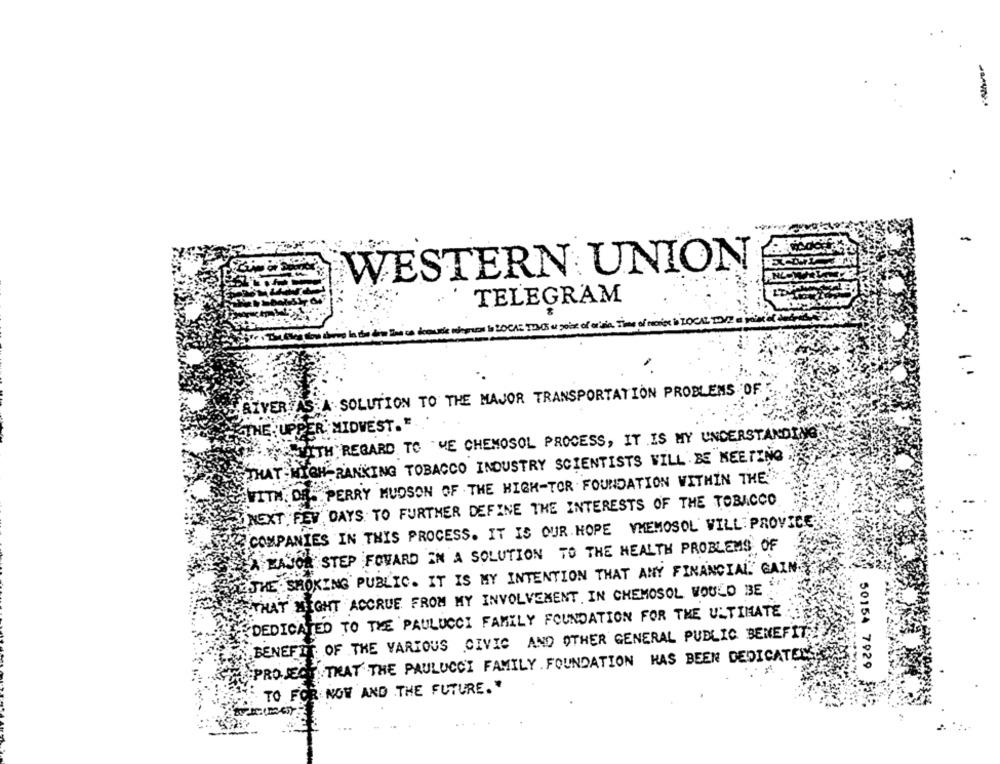
WESTERN UNION
TELEGRAM
..
AS A SOLUTION TO THE MAJOR TRANSPORTATION PROBLEMS OF
RIVER
THE 'UPPER MIDWEST."
WITH REGARD TO ME CHEMOSOL PROCESS, IT IS MY UNDERSTANDING
THAT-HIGH -RANKING TOBACCO INDUSTRY SCIENTISTS WILL BE MEETING
WITH DR. PERRY MUDSON OF THE HIGH-TOR FOUNDATION WITHIN THE
NEXT FEW DAYS TO FURTHER DEFINE THE INTERESTS OF THE TOBACCO
COMPANIES IN THIS PROCESS. IT IS OUR HOPE VHEMOSOL WILL PROVIDE
EX BAJOR STEP FOWARD IN A SOLUTION TO THE HEALTH PROBLEMS OF
THE SMOKING PUBLIC. IT IS MY INTENTION THAT ANY FINANCIAL GAIN
THAT NIGHT ACCRUE FROM MY INVOLVEMENT IN CHEMOSOL WOULD BE
DEDICATED TO THE PAULUCCI FAMILY FOUNDATION FOR THE ULTIMATE
BENEFIT OF THE VARIOUS CIVIC AND OTHER GENERAL PUBLIC BENEFIT
PROJECTSTHAT THE PAULUCCI FAMILY . FOUNDATION HAS BEEN DEDICATED
50154 7929
TO FOR NOW AND THE FUTURE."